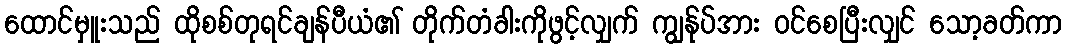
ထောင်မှူးသည် ထိုစစ်တုရင်ချန်ပီယံ၏ တိုက်တံခါးကိုဖွင့်လျှက် ကျွန်ုပ်အား ဝင်စေပြီးလျှင် သော့ခတ်ကာ